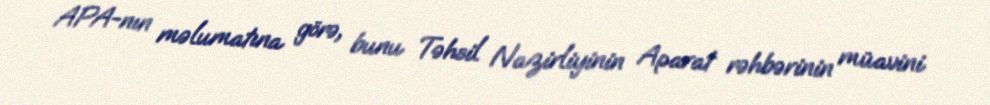
APA-nın məlumatına görə, bunu Təhsil Nazirliyinin Aparat rəhbərinin müavini